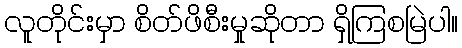
လူတိုင်းမှာ စိတ်ဖိစီးမှုဆိုတာ ရှိကြစမြဲပါ။